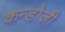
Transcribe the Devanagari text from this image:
कन्डोजी